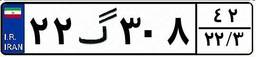
۲۲گ۳۰۸۴۲